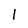
Character: 1